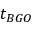
t _ { B G O }